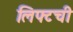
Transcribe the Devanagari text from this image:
लिफ्टची